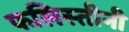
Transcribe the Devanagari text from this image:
फलिस्तीनी